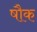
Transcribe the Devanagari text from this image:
षौक